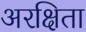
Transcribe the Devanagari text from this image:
अरक्षिता